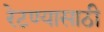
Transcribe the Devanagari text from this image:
रेटण्यासाठी